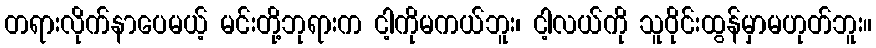
တရားလိုက်နာပေမယ့် မင်းတို့ဘုရားက ငါ့ကိုမကယ်ဘူး၊ ငါ့လယ်ကို သူဝိုင်းထွန်မှာမဟုတ်ဘူး။